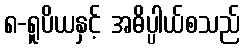
၈-ရူပိယနှင့် အဓိပ္ပါယ်စသည်